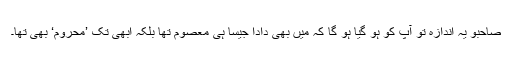
صاحبو یہ اندازہ تو آپ کو ہو گیا ہو گا کہ میں بھی دادا جیسا ہی معصوم تھا بلکہ ابھی تک ’محروم‘ بھی تھا۔